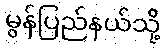
မွန်ပြည်နယ်သို့